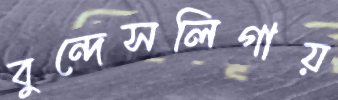
বুন্দেসলিগায়